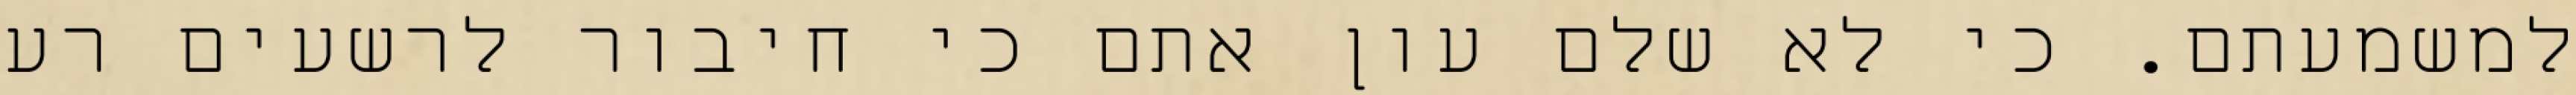
למשמעתם. כי לא שלם עון אתם כי חיבור לרשעים רע